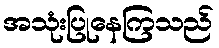
အသုံးပြုနေကြသည်